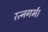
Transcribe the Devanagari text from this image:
रत्नगर्भ।